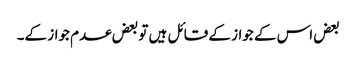
بعض اس کے جواز کے قائل ہیں تو بعض عدم جواز کے۔